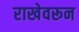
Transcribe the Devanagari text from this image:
राखेवरून